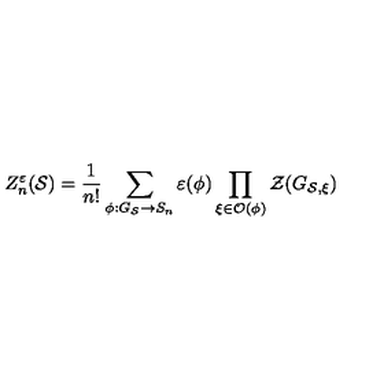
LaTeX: Z _ { n } ^ { \varepsilon } ( \mathcal { S } ) = \frac { 1 } { n ! } \sum _ { \phi : G _ { \mathcal { S } } \rightarrow S _ { n } } \varepsilon ( \phi ) \prod _ { \xi \in \mathcal { O } ( \phi ) } \mathcal { Z } ( G _ { \mathcal { S } , \xi } )